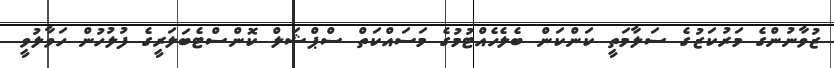
ޒުވާނުންގެ މަރުކަޒުގެ ސަލާމަތީ ކަންކަން ބެލެހެއްޓުމުގެ މަސައްކަތް ސްޕްޝަލް ކޮންސްޓެބަލަރީގެ ފުލުހުން ހަވާލުވީ